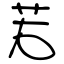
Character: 若